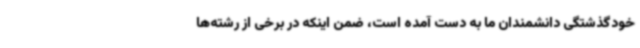
خودگذشتگی دانشمندان ما به دست آمده است، ضمن اینکه در برخی از رشته‌ها